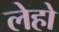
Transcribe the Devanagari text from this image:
लेहो